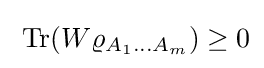
\;\operatorname {Tr} (W\varrho _{A_{1}\ldots A_{m}})\geq 0